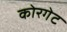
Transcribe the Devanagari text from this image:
कोरगेट